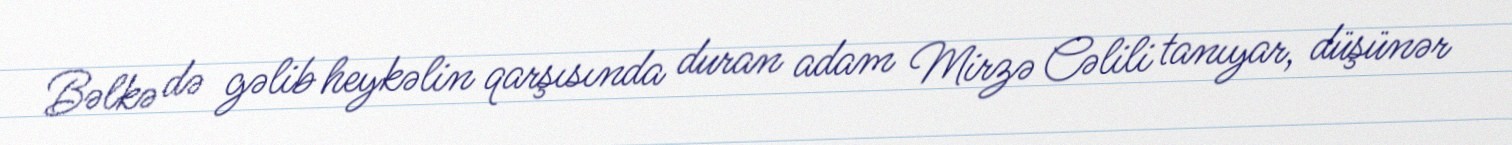
Bəlkə də gəlib heykəlin qarşısında duran adam Mirzə Cəlili tanıyar, düşünər